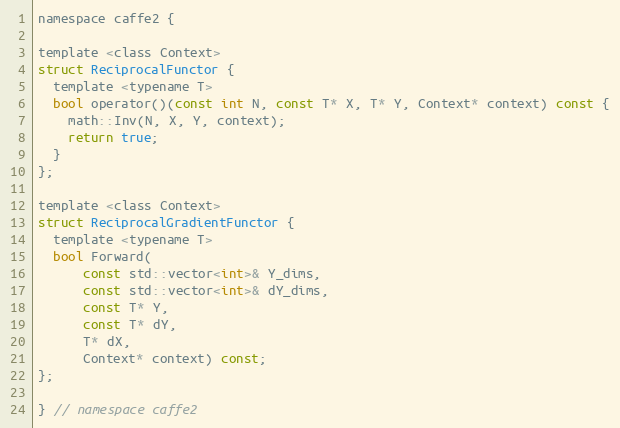
Language: C
namespace caffe2 {

template <class Context>
struct ReciprocalFunctor {
  template <typename T>
  bool operator()(const int N, const T* X, T* Y, Context* context) const {
    math::Inv(N, X, Y, context);
    return true;
  }
};

template <class Context>
struct ReciprocalGradientFunctor {
  template <typename T>
  bool Forward(
      const std::vector<int>& Y_dims,
      const std::vector<int>& dY_dims,
      const T* Y,
      const T* dY,
      T* dX,
      Context* context) const;
};

} // namespace caffe2